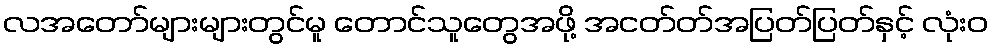
လအတော်များများတွင်မူ တောင်သူတွေအဖို့ အငတ်တ်အပြတ်ပြတ်နှင့် လုံးဝ